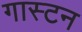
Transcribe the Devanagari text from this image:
गास्टन